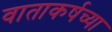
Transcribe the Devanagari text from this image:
वाताकर्षच्या